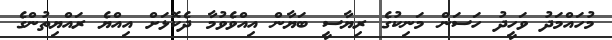
މުހައްމަދު ވަހީދު ހަސަން މަނިކުގެ ރިޔާސީ ބަޔާން އިއްވެވުމާ ދެކޮޅަށް އިއްޔެ ރައްޔިތުންގެ